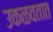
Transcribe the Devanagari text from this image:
उकळवतात